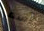
آسف